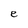
Character: e